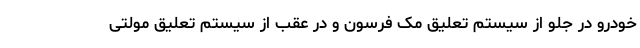
خودرو در جلو از سیستم تعلیق مک فرسون و در عقب از سیستم تعلیق مولتی